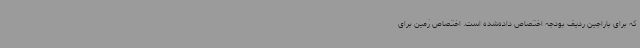
که برای باراجین ردیف بودجه اختصاص داده‌شده است. اختصاص زمین برای